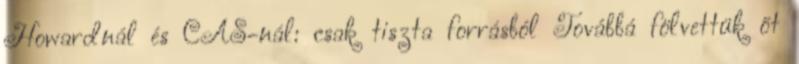
Howardnál és CAS-nál: csak tiszta forrásból Továbbá fölvettük őt